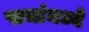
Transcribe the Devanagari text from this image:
पाचांमध्ये